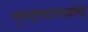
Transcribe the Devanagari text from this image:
मुलद्रव्यामध्येच